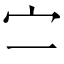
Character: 㝉